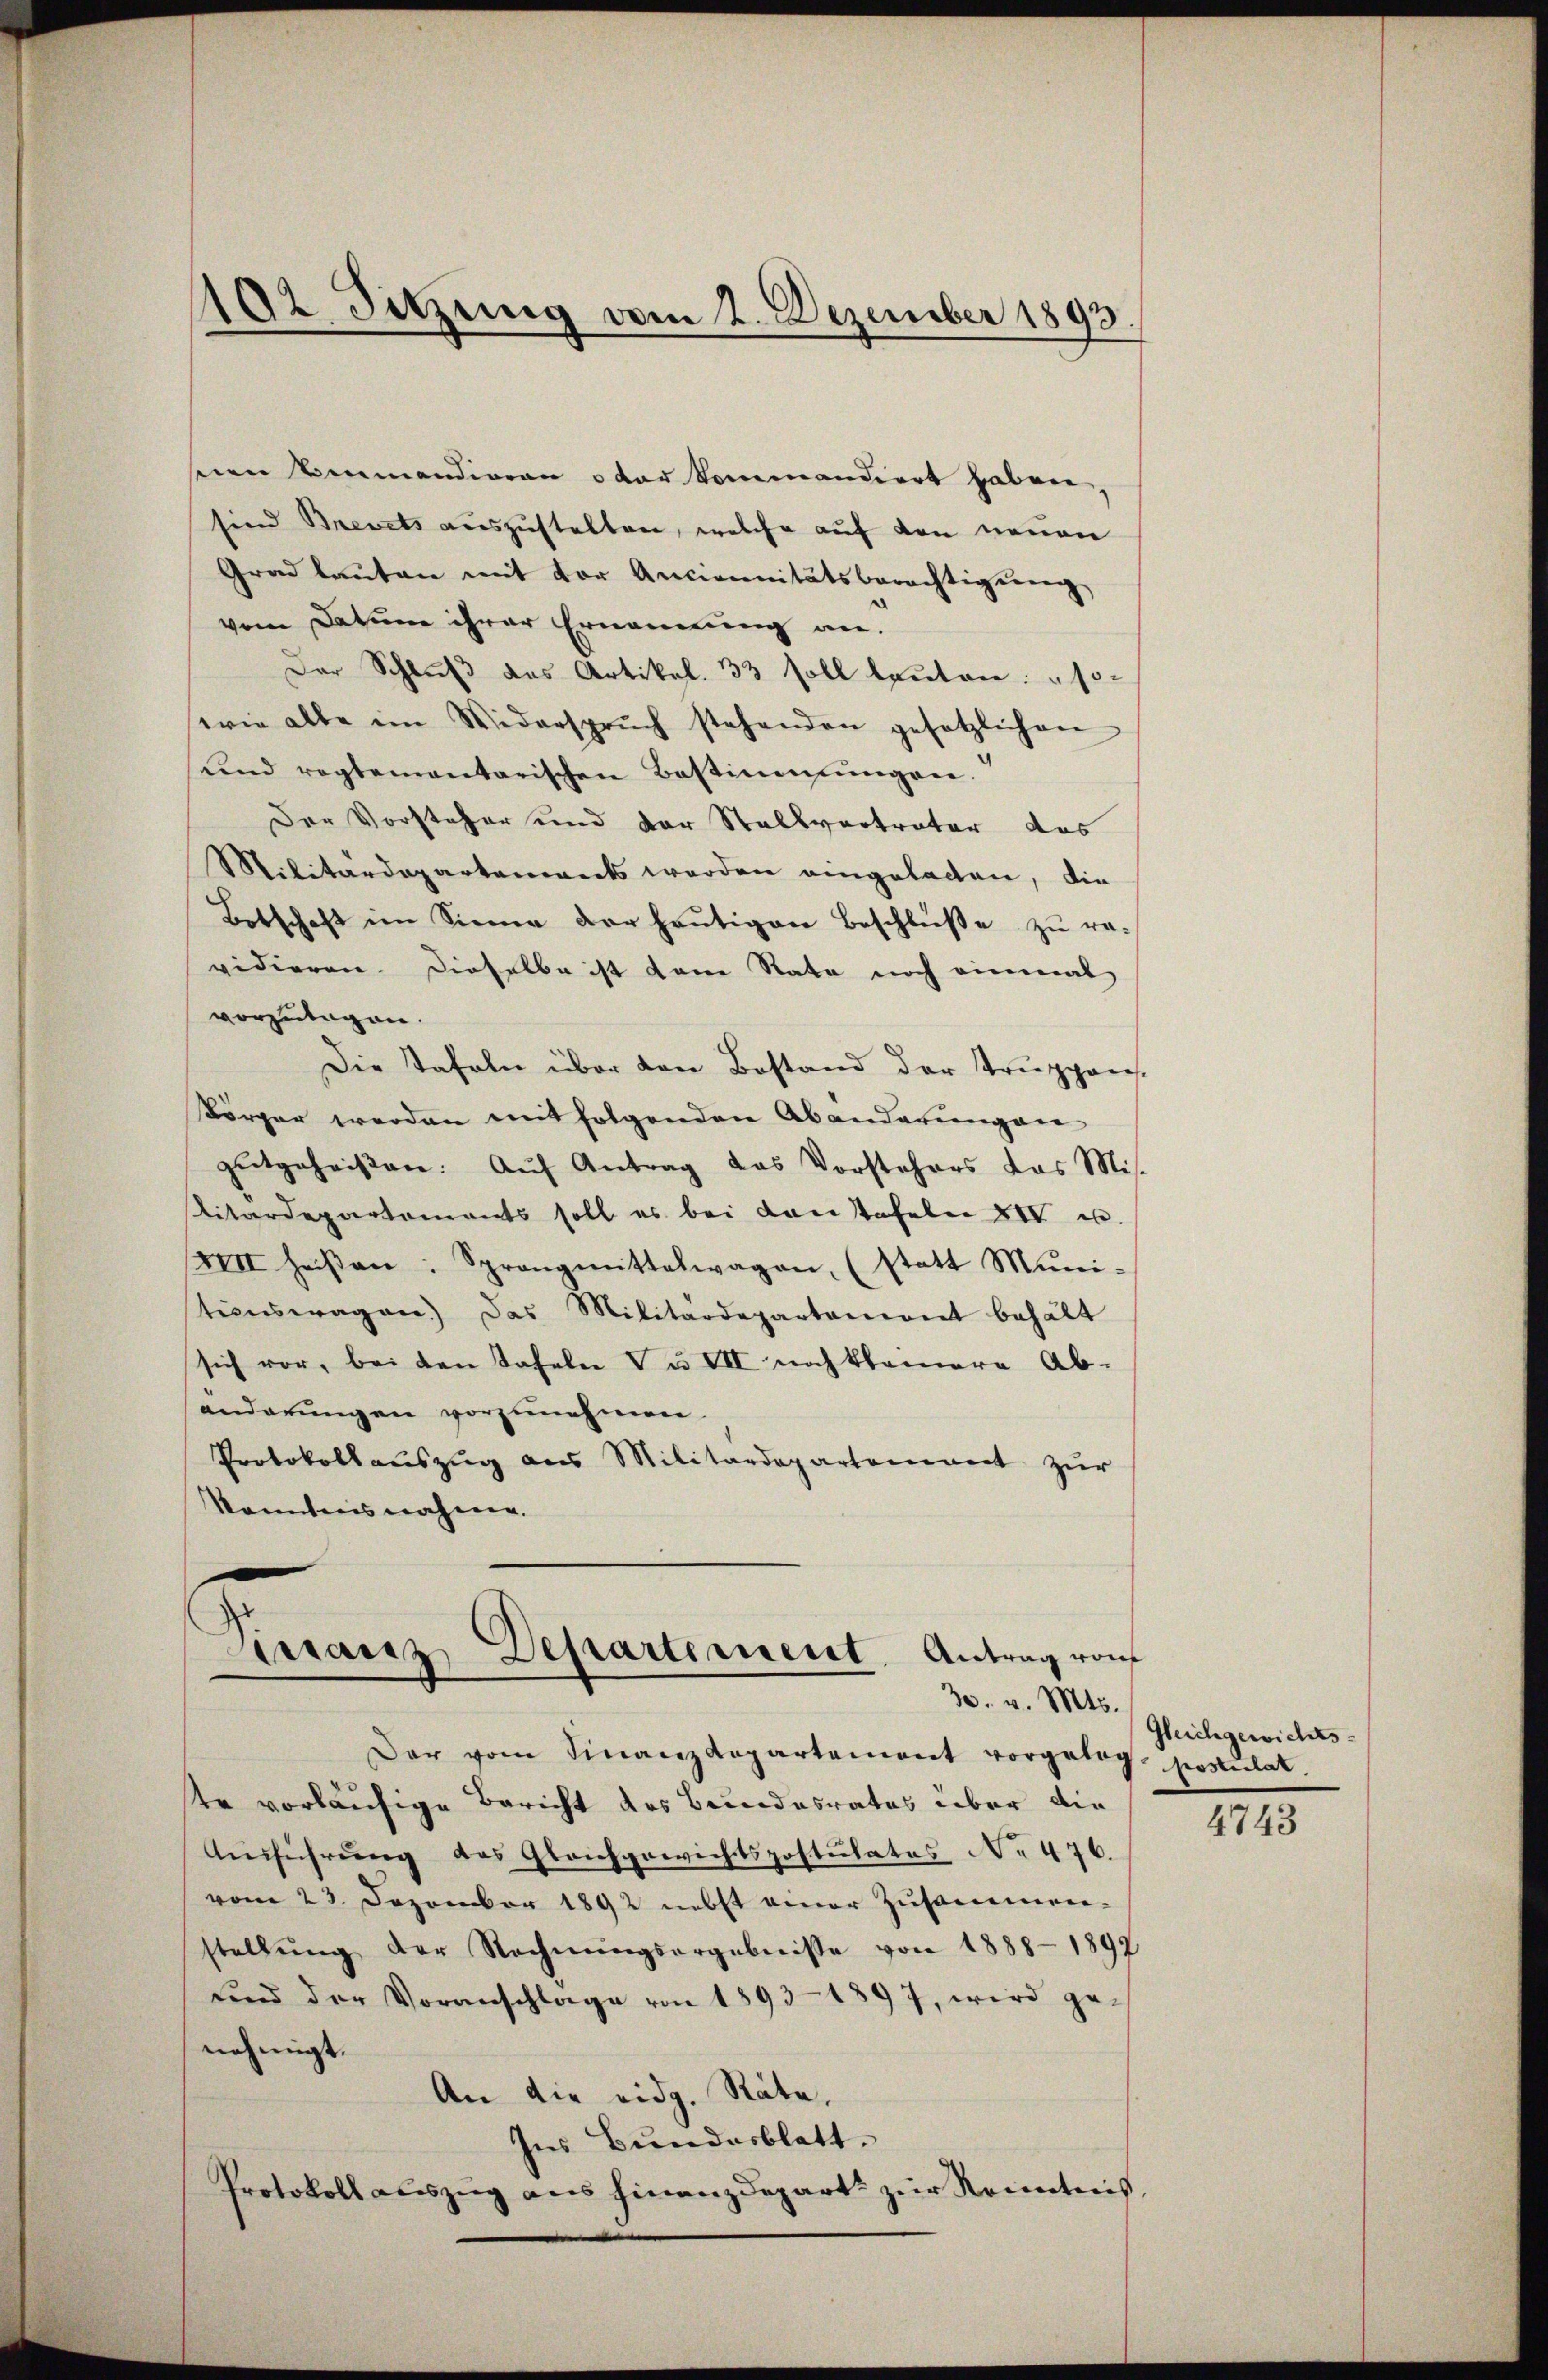
192 Sitzung vom 2. Dezember 1893.

seien Bemandieren oder kommandiert haben
sind Brevets auszustalten, welche auf den neuen
Grad laŭten mit der Anciennitätsberechtigŭng
vom Datum ihrer Ernennung an.
Der Schluß des Artikel. 33 soll lauten: "so
wie alle im Widerspruch stehenden gesetzlichen
ŭnd regtementarischen Bestimmungen.
Der Vorsteher und der Stallvertrater das
Militärdepartenwarts werden eingetacten, die
Botschaft im Sinne der heutigen Beschlüße zu ra-
vidieren. Dieselbe ist dene Rata noch einmal
vorzutagen.
Die Tafeln über den Bestand der Truppens.
körper werden mit folgenden Abanderungen
gutgeheissen. Aŭf Antrag das Vorstehers das Mit
Titardepartements soll es bei dontafeln XIV u.
XIII heißen: Sprangmittelwagen, (statt Muni-
stionswagen) das Militärdepartanient behält
sich vor, bei den Tafeln Vu VII noch klamere Ab-
änderungen vorzunehmen.
Protokollauszug aus Militärdepartement zur
Kenntnisnahme.

Pirranz Departement, Antrag von
30. v. Mts.

Der vom Finanzdepartement vorgeleg postulat.
er vorläufige Bericht des Bundesrates über die
Aŭsführŭng des Gleichgewichtspostulates No 476.
vom 23. Dezember 1892 nebst einer Zusammen-
stellŭng der Rechnŭngsergebnisse von 1888 - 1892
und der Voranschlage von 1893-1897, wird ge-
nehmigt.
An die eidg. Räte,
Ins Bundesblatt.
Protokoll auszug aus Finanzdepart zur Kenntnis,

Gleichgewichts-

4743